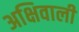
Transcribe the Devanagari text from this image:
अक्षिवाली